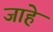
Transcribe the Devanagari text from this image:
जाहे